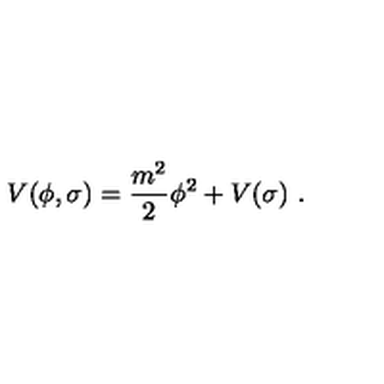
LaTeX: V ( \phi , \sigma ) = { \frac { m ^ { 2 } } { 2 } } \phi ^ { 2 } + V ( \sigma ) \ .